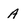
Character: A